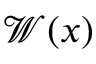
\mathcal { W } ( x )